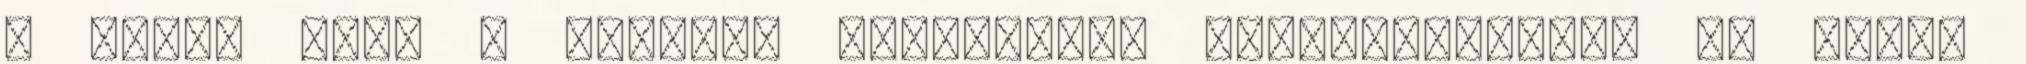
a szülő vagy a gyermek elvesztése felfoghatatlan az ember